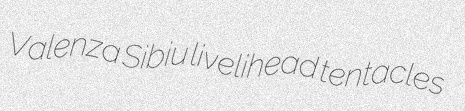
Valenza Sibiu livelihead tentacles